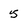
Character: 5